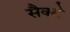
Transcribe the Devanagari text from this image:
सैक्से